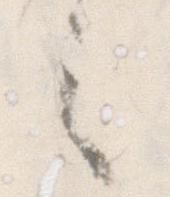
之